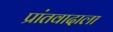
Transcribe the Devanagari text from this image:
प्रांतवादाला